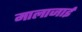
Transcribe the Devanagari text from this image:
मालाजाई